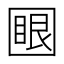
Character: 𡈟